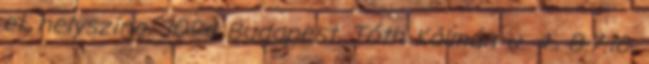
el. helyszíne: 1094 Budapest, Tóth Kálmán u. 4., B.7.16.